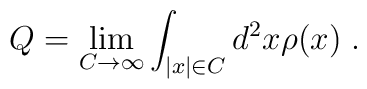
Q=\lim_{C\to\infty} \int_{|x|\in C}d^2x\rho(x)\;.